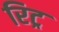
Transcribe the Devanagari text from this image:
रिट्र